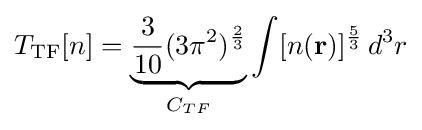
T_{\text{TF}}[n]=\underbrace {{\frac {3}{10}}(3\pi ^{2})^{\frac {2}{3}}} _{C_{TF}}\int [n(\mathbf {r} )]^{\frac {5}{3}}\,d^{3}r